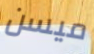
ميسن